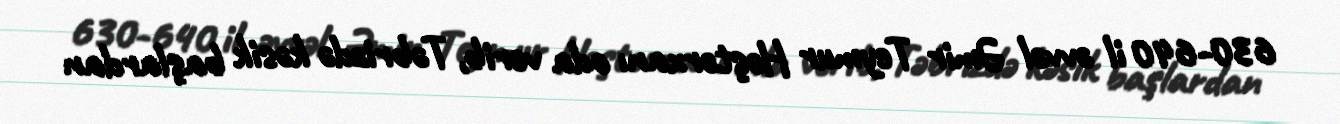
630-640 il əvvəl Əmir Teymur Həştərxanı oda verib, Təbrizdə kəsik başlardan